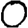
Digit: 0